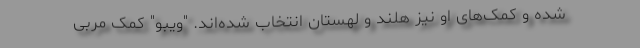
شده و کمک‌های او نیز هلند و لهستان انتخاب شده‌اند. "ویبو" کمک مربی